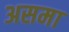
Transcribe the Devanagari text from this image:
असमा